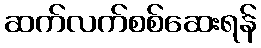
ဆက်လက်စစ်ဆေးရန်